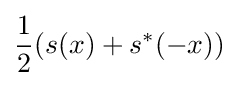
{\frac {1}{2}}(s(x)+s^{*}(-x))